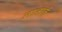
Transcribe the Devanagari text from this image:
लानार्क